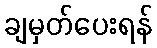
ချမှတ်ပေးရန်